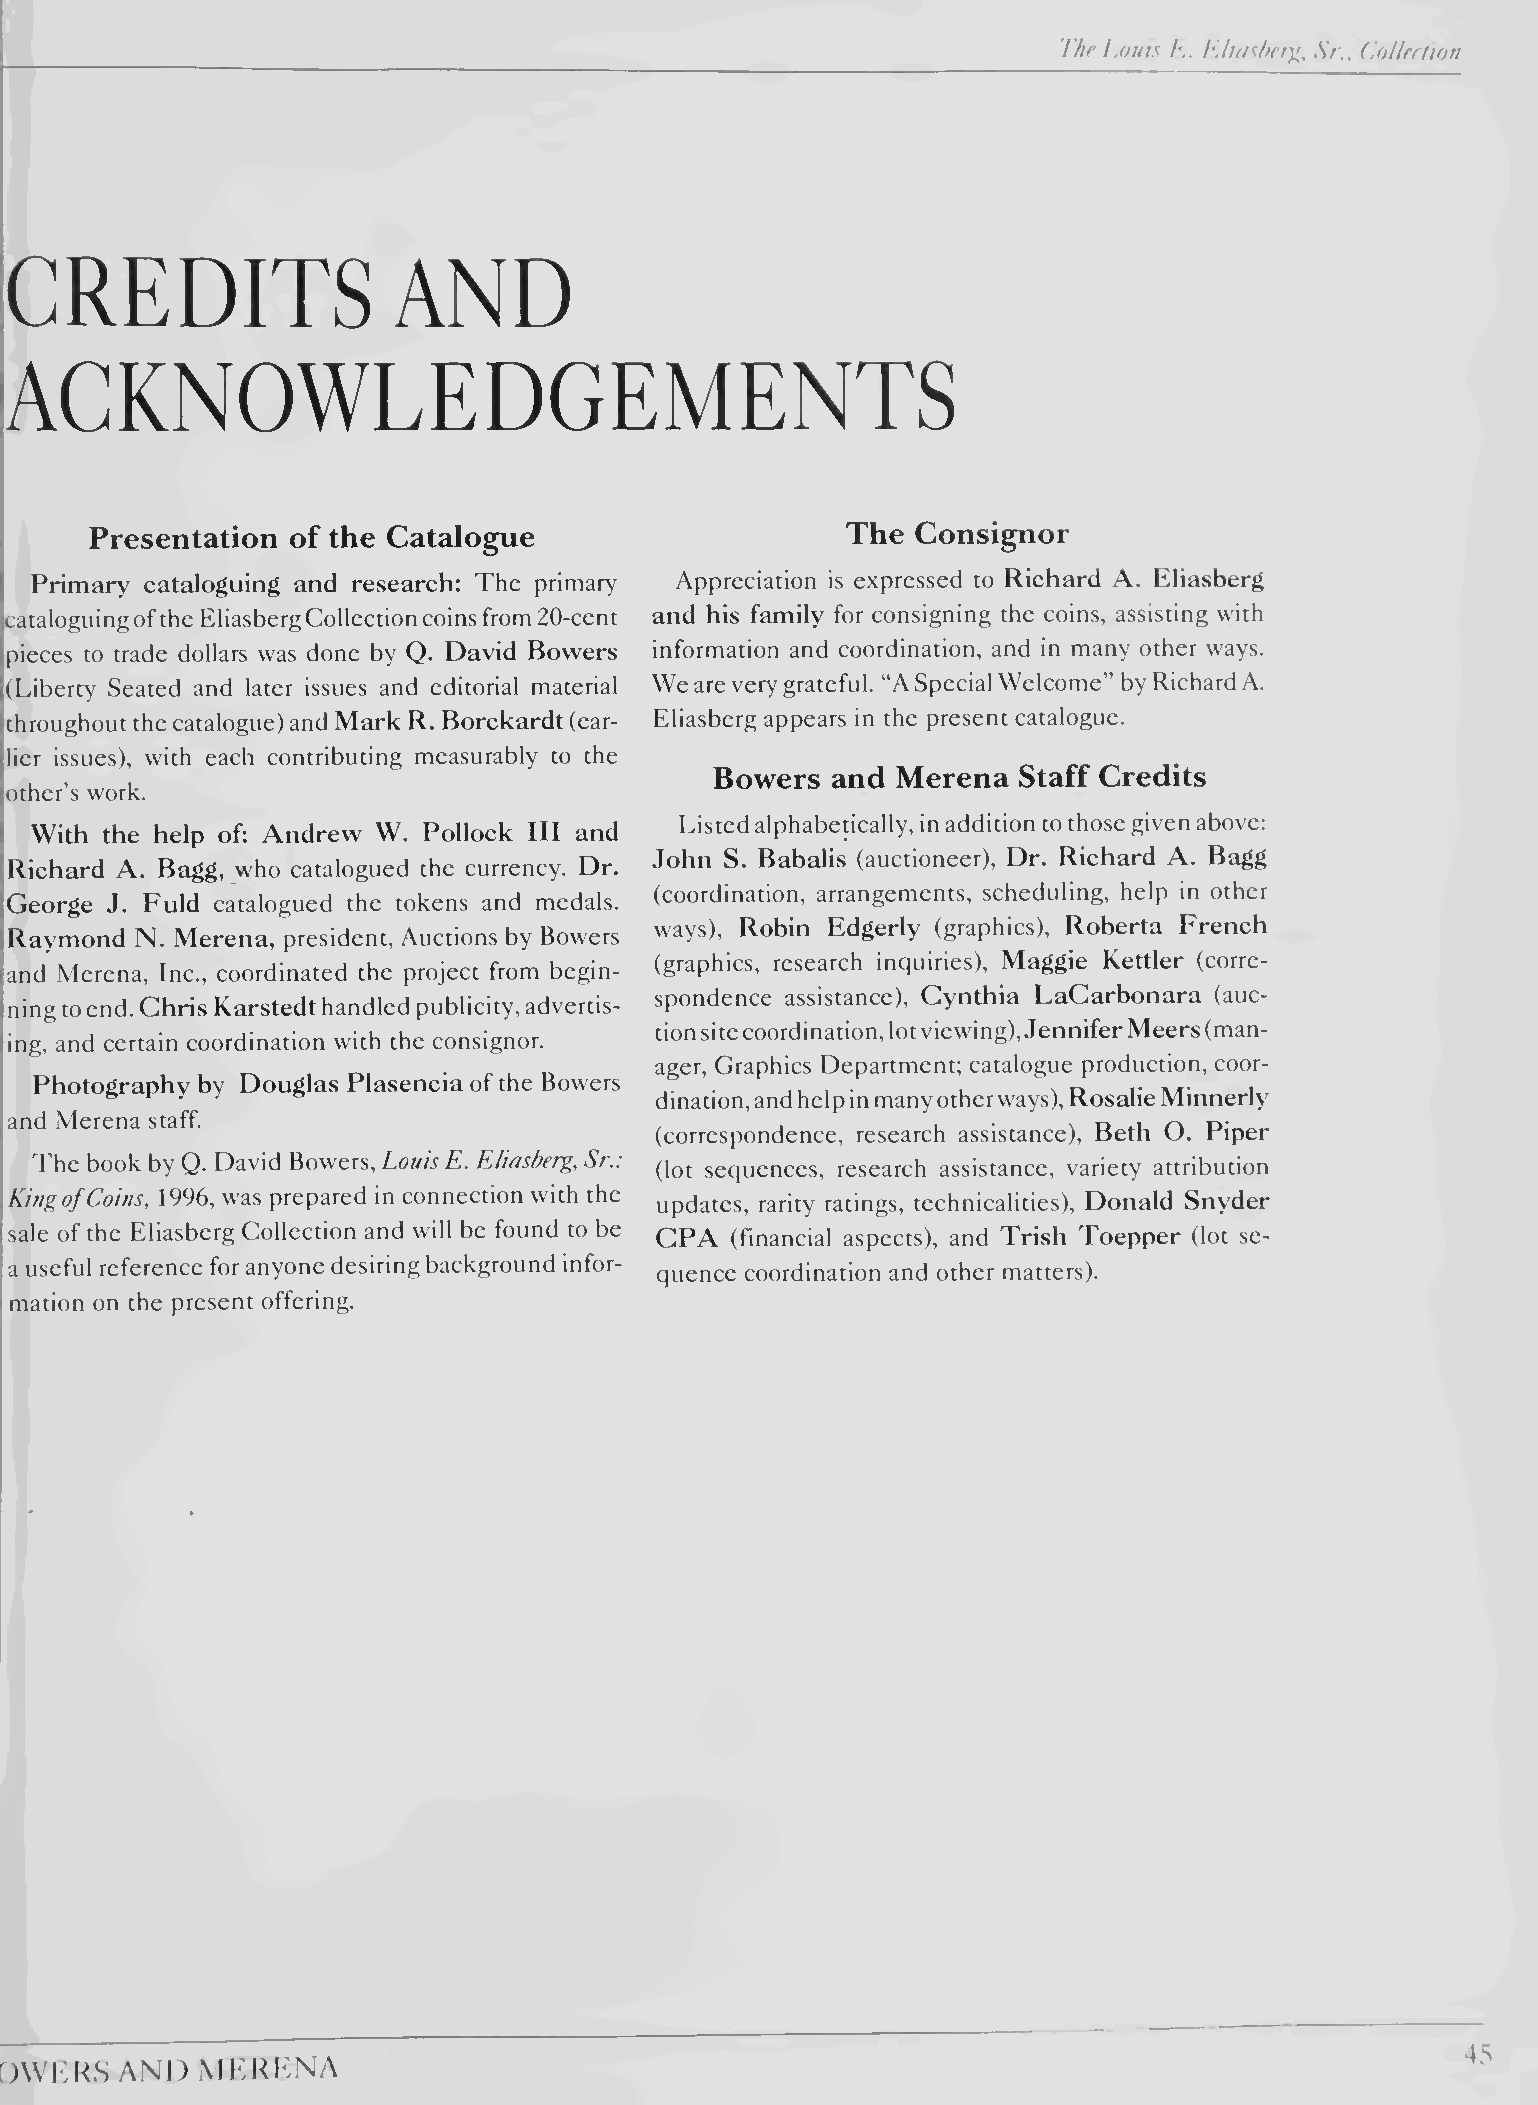
Ihe Louis /*,. h.hasher^, Sr., do!lemon
 rI
 'i
 I
 CREDITS                   AND
 ACKNOWLEDGEMENTS
 I     Presentation of the Catalogue                     The  Consignor
 Primary cataloguing and research: The primary Appreciation is expressed to Richard A. Eliasberg
 cataloguing of the Eliasberg Collection coins from 20-cent and his family for consigning the coins, assisting with
 pieces to trade dollars was done by Q. David Bowers information and coordination, and in many other ways.
 (Liberty Seated and later issues and editorial material We are very grateful. “A Special Welcome” by Richard A.
 throughout the catalogue) and Mark R. Borckardt (ear¬ Eliasberg appears in the present catalogue.
 lier issues), with each contributing measurably to the
 Bowers  and Merena  Staff Credits
 other’s work.
 Listed alphabetically, in addition to those given above:
 With the help of: Andrew W. Pollock III and
 John S. Babalis (auctioneer). Dr, Richard A. Bagg
 Richard A. Bagg, who catalogued the currency. Dr.
 (coordination, arrangements, scheduling, help in other
 sGeorge J. Fuld catalogued the tokens and medals.
 ways), Robin Edgerly (graphics), Roberta French
 ;Raymond N. Merena, president. Auctions by Bowers
 (graphics, research inquiries), Maggie Kettler (corre¬
 (and Merena, Inc., coordinated the project from begin-
 spondence assistance), Cynthia LaCarbonara (auc¬
 ming to end. Chris Karstedt handled publicity, advertis¬
 tion site coordination, lot viewing), Jennifer Meers (man¬
 ing, and certain coordination with the consignor.
 ager, Graphics Department; catalogue production, coor¬
 ! Photography hy Douglas Plasencia of the Bowers
 dination, and help in many other ways), Rosalie Minnerly
 ' and Merena staff.
 (correspondence, research assistance), Beth O. Piper
 ■ The book by Q. David Bowers, Louis E. Eliasberg, Sr.: (lot sequences, research assistance, variety attribution
 Kingof Coins, 19%, was prepared in connection with the updates, rarity ratings, technicalities), Donald Snyder
 I sale of the Eliasberg Collection and will be found to be CPA (financial aspects), and Trish Toepper (lot se¬
 a useful reference for anyone desiring background infor-
 quence coordination and other matters).
 . mation on the present offering.
 4.S
 f AVERS AND  MERENA